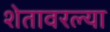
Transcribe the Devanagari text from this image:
शेतावरल्या